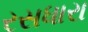
રસધારા